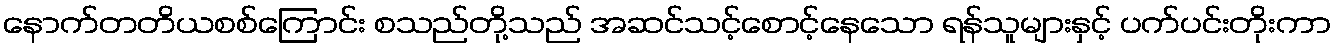
နောက်တတိယစစ်ကြောင်း စသည်တို့သည် အဆင်သင့်စောင့်နေသော ရန်သူများနှင့် ပက်ပင်းတိုးကာ